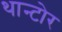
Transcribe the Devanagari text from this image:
थान्टोर